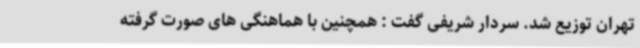
تهران توزیع شد. سردار شریفی گفت : همچنین با هماهنگی های صورت گرفته